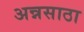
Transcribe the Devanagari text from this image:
अन्नसाठा